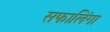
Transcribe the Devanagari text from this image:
सफालिंगा